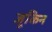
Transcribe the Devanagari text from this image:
जूकिन